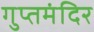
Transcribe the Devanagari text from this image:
गुप्तमंदिर